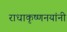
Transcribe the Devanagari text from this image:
राधाकृष्णनयांनी